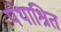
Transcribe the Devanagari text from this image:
पंथाश्रित